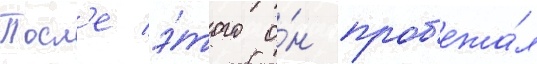
Посл'е э́того о́н проб'ежа́л